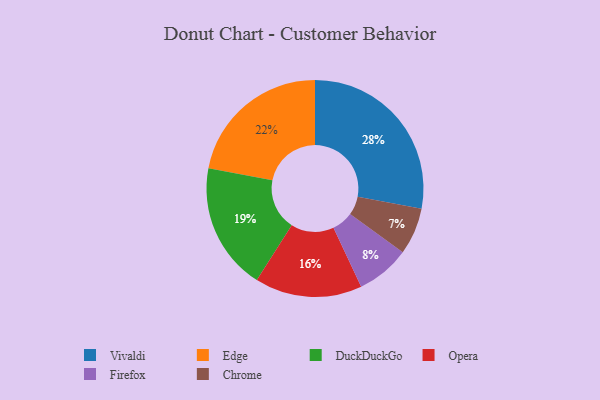
{"axis": {"x": "Category", "y": "Percentage"}, "legend": ["Chrome", "DuckDuckGo", "Edge", "Firefox", "Opera", "Vivaldi"], "data": [{"x": "Edge", "y": 22, "type": "Edge"}, {"x": "Firefox", "y": 8, "type": "Firefox"}, {"x": "Vivaldi", "y": 28, "type": "Vivaldi"}, {"x": "DuckDuckGo", "y": 19, "type": "DuckDuckGo"}, {"x": "Chrome", "y": 7, "type": "Chrome"}, {"x": "Opera", "y": 16, "type": "Opera"}]}